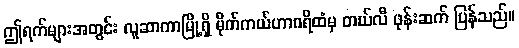
ဤရက်များအတွင်း လူဆာကာမြို့ရှိ မိုက်ကယ်ဟာဂရိထံမှ တယ်လီ ဖုန်းဆက် ပြန်သည်။